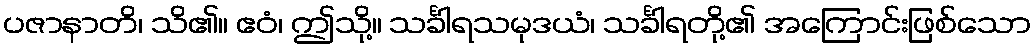
ပဇာနာတိ၊ သိ၏။ ဧဝံ၊ ဤသို့။ သင်္ခါရသမုဒယံ၊ သင်္ခါရတို့၏ အကြောင်းဖြစ်သော